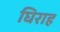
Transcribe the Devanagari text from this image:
घिराह